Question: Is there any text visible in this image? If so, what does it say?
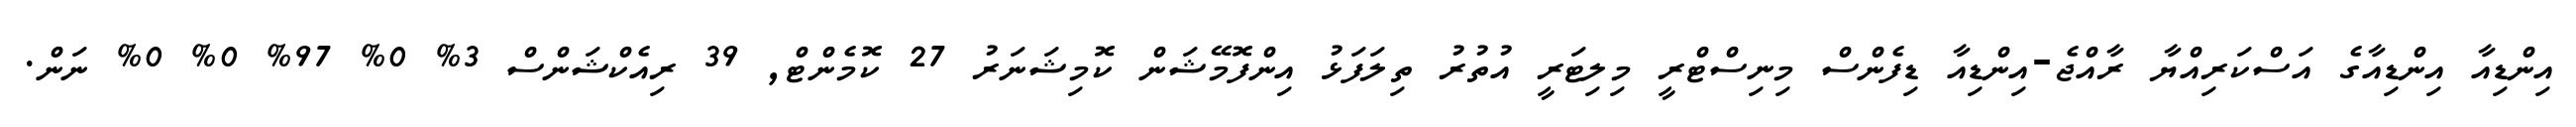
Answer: އިންޑިއާ އިންޑިއާގެ އަސްކަރިއްޔާ ރާއްޖެ-އިންޑިއާ ޑިފެންސް މިނިސްޓްރީ މިލިޓަރީ އުތުރު ތިލަފަޅު އިންފޮމޭޝަން ކޮމިޝަނަރު 27 ކޮމެންޓް, 39 ރިއެކްޝަންސް 3% 0% 97% 0% 0% ނަން.